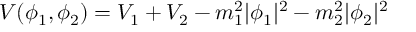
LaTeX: V ( \phi _ { 1 } , \phi _ { 2 } ) = V _ { 1 } + V _ { 2 } - m _ { 1 } ^ { 2 } | \phi _ { 1 } | ^ { 2 } - m _ { 2 } ^ { 2 } | \phi _ { 2 } | ^ { 2 }